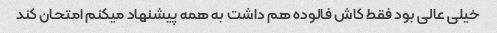
خیلی عالی بود فقط کاش فالوده هم داشت به همه پیشنهاد میکنم امتحان کند